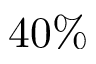
4 0 \%